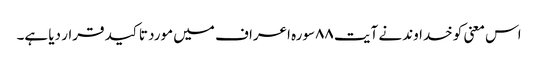
اس معنی کو خداوند نے آیت ٨٨سورہ اعراف میں مورد تاکید قرار دیا ہے۔